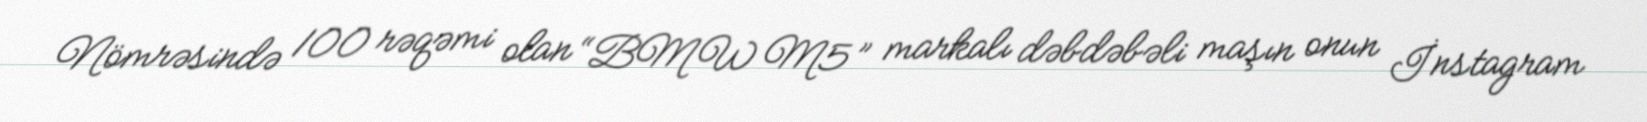
Nömrəsində 100 rəqəmi olan “BMW M5” markalı dəbdəbəli maşın onun İnstagram